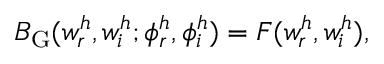
B _ { \mathrm { G } } ( w _ { r } ^ { h } , w _ { i } ^ { h } ; \phi _ { r } ^ { h } , \phi _ { i } ^ { h } ) = F ( w _ { r } ^ { h } , w _ { i } ^ { h } ) ,